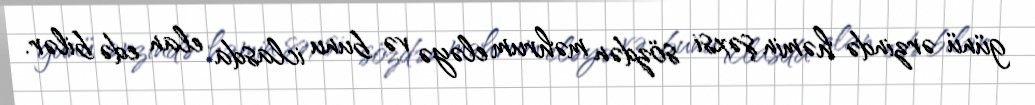
günü ərzində həmin şəxsi sözdən məhrum eləyə və bunu iclasda elan edə bilər.